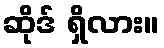
ဆိုဒ် ရှိလား။